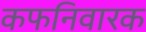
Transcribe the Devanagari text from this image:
कफनिवारक